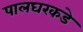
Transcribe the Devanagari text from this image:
पालघरकडे